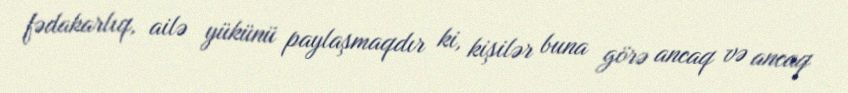
fədakarlıq, ailə yükünü paylaşmaqdır ki, kişilər buna görə ancaq və ancaq